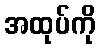
အထုပ်ကို